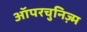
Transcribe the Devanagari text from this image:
ऑपरचुनिज़्म